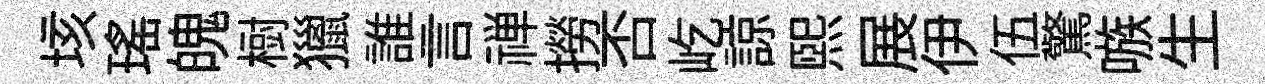
垓瑤魄𣗳獵誰言禅撈否屹諒煕展伊伍驚嗾生